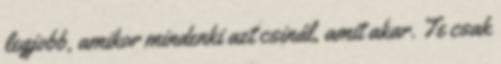
legjobb, amikor mindenki azt csinál, amit akar. Te csak